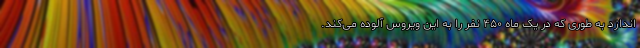
اندازد به طوری که در یک ماه ۴۵۰ نفر را به این ویروس آلوده می‌کند.